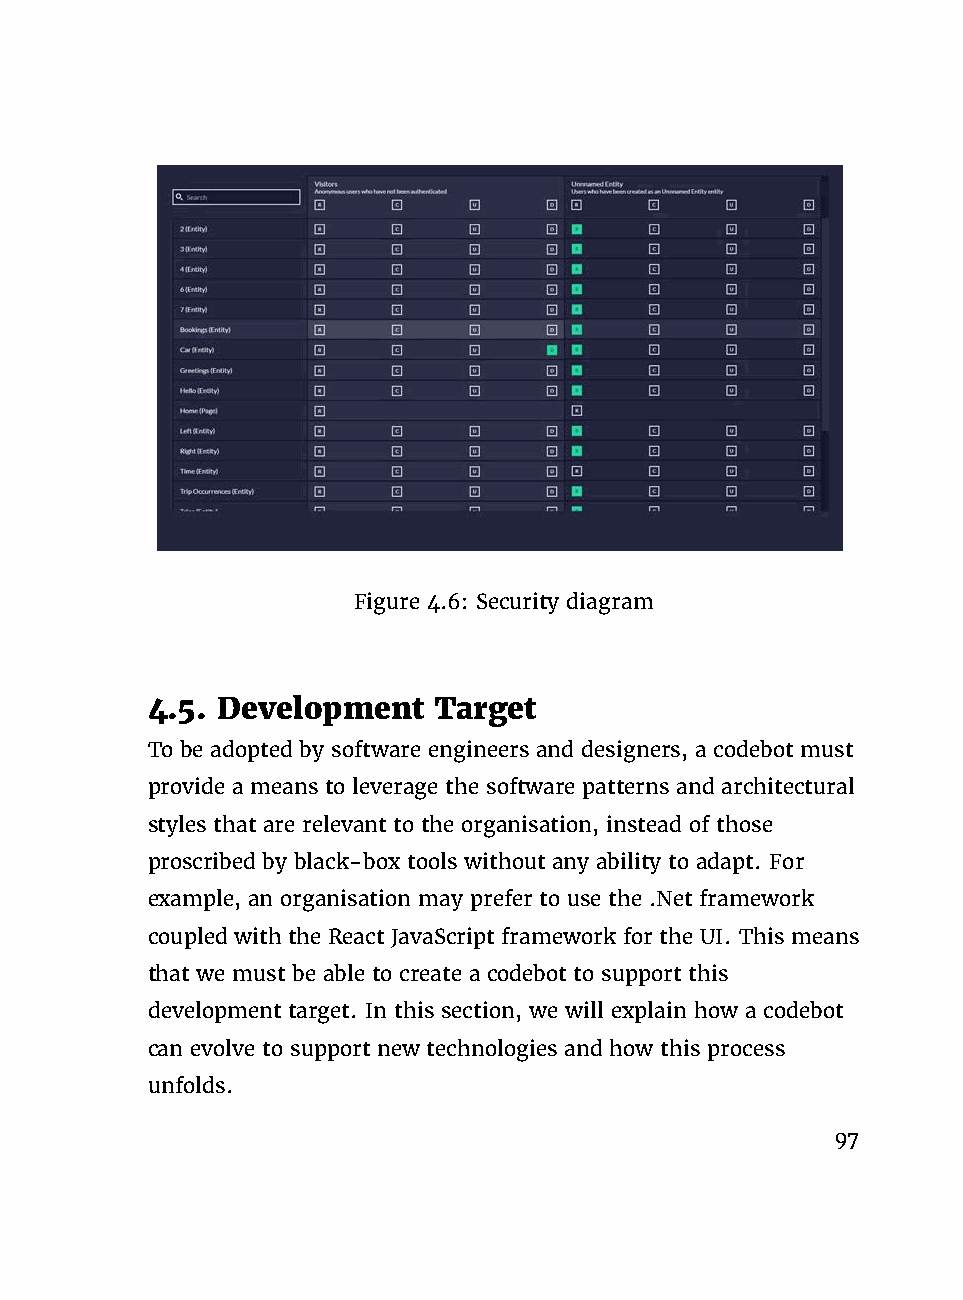
Figure 4.6: Security diagram
 4.5. Development   Target
 To be adopted by software engineers and designers, a codebot must
 provide a means to leverage the software patterns and architectural
 styles that are relevant to the organisation, instead of those
 proscribed by black-box tools without any ability to adapt. For
 example, an organisation may prefer to use the .Net framework
 coupled with the React JavaScript framework for the UI. This means
 that we must be able to create a codebot to support this
 development target. In this section, we will explain how a codebot
 can evolve to support new technologies and how this process
 unfolds.
 97